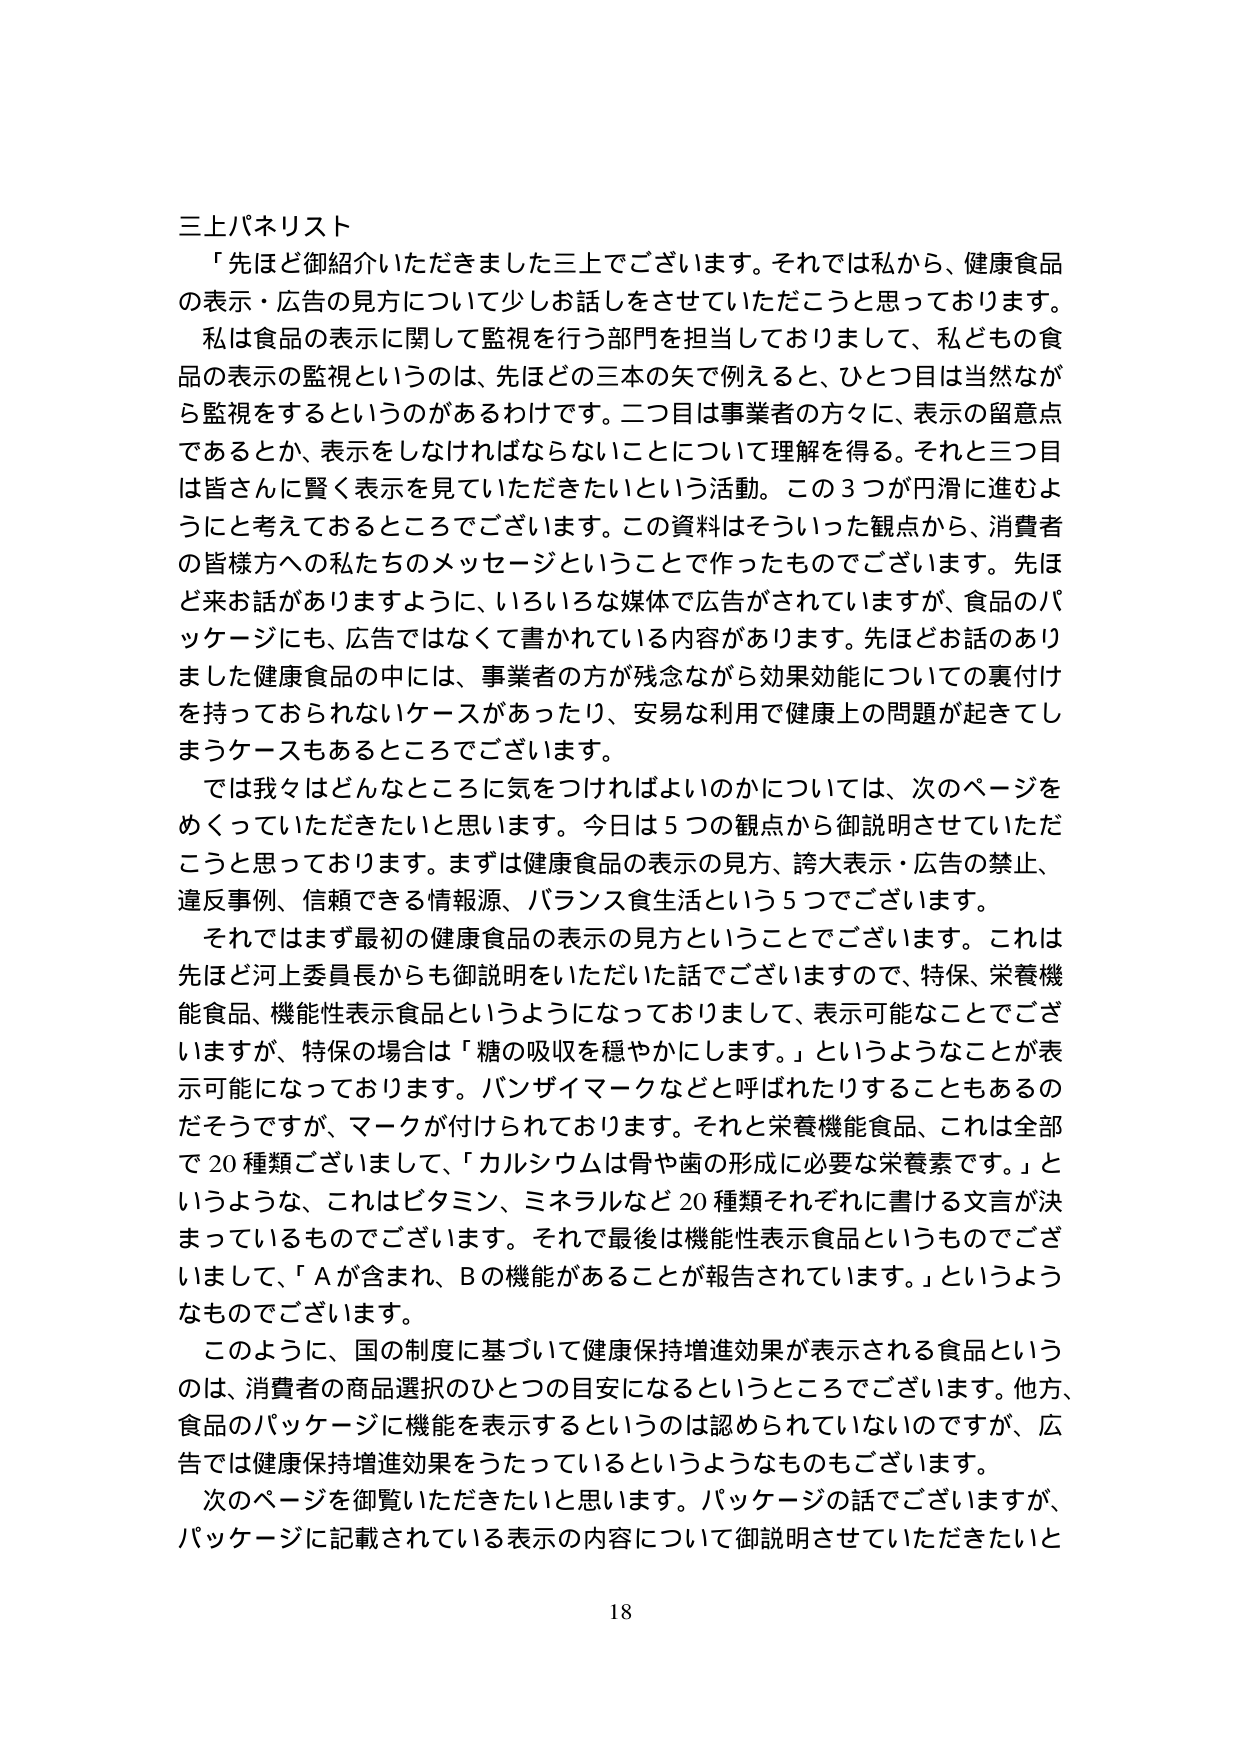
三上パネリスト
「先ほど御紹介いただきました三上でございます。それでは私から、健康食品の表示・広告の見方について少しお話をさせていただこうと思っております。
私は食品の表示に関して監視を行う部門を担当しておりまして、私どもの食品の表示の監視というのは、先ほどの三本の矢で例えると、ひとつ目は当然ながら監視をするというのがあるわけです。二つ目は事業者の方々に、表示の留意点であるとか、表示をしなければならないことについて理解を得る。それと三つ目は皆さんに賢く表示を見ていただきたいという活動。この3つが円滑に進むようにと考えておるところでございます。この資料はそういった観点から、消費者の皆様方への私たちのメッセージということで作ったものでございます。先ほど来お話がありますように、いろいろな媒体で広告がされていますが、食品のパッケージにも、広告ではなくて書かれている内容があります。先ほどお話のありました健康食品の中には、事業者の方が残念ながら効果効能についての裏付けを持っておられないケースがあったり、安易な利用で健康上の問題が起きてしまうケースもあるところでございます。
では我々はどんなところに気をつければよいのかについては、次のページをめくっていただきたいと思います。今日は5つの観点から御説明させていただこうと思っております。まずは健康食品の表示の見方、誇大表示・広告の禁止、違反事例、信頼できる情報源、バランス食生活という5つでございます。
それではまず最初の健康食品の表示の見方ということでございます。これは先ほど河上委員長からも御説明をいただいた話でございますので、特保、栄養機能食品、機能性表示食品というようになっておりまして、表示可能なことでございますが、特保の場合は「糖の吸収を穏やかにします。」というようなことが表示可能になっております。バンザイマークなどと呼ばれたりすることもあるのだそうですが、マークが付けられております。それと栄養機能食品、これは全部で20種類ございまして、「カルシウムは骨や歯の形成に必要な栄養素です。」というような、これはビタミン、ミネラルなど20種類それぞれに書ける文言が決まっているものでございます。それで最後は機能性表示食品ということでございまして、「Aが含まれ、Bの機能があることが報告されています。」というようなものでございます。
このように、国の制度に基づいて健康保持増進効果が表示される食品というのは、消費者の商品選択のひとつの目安になるというところでございます。他方、食品のパッケージに機能を表示するというのは認められていないのですが、広告では健康保持増進効果をうたっているというようなものもございます。
次のページを御覧いただきたいと思います。パッケージの話でございますが、パッケージに記載されている表示の内容について御説明させていただきたいと

18